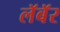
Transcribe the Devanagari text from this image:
लॅबॅर